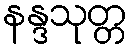
နန္ဒသုတ္တ